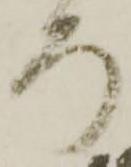
ろ